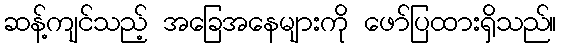
ဆန့်ကျင်သည့် အခြေအနေများကို ဖော်ပြထားရှိသည်။